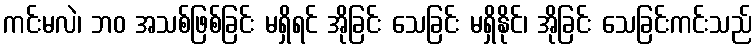
ကင်းမလဲ၊ ဘဝ အသစ်ဖြစ်ခြင်း မရှိရင် အိုခြင်း သေခြင်း မရှိနိုင်၊ အိုခြင်း သေခြင်းကင်းသည်